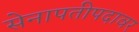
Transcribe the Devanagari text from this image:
सेनापतीपदावर